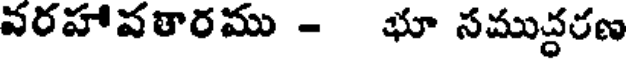
వరహావతారము - భూ సముద్ధరణ